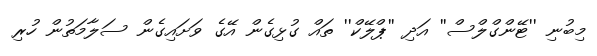
މިބުނި ''ޓޭންގްލްސް'' އަދި ''ޕްލޭކް'' ތައް ގުޅިގެން އޭގެ ވަށައިގެން ސަލާމަތުން ހުރި